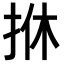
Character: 𢫩